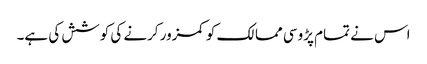
اس نے تمام پڑوسی ممالک کو کمزور کرنے کی کوشش کی ہے۔